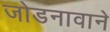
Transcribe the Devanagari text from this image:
जोडनावाने